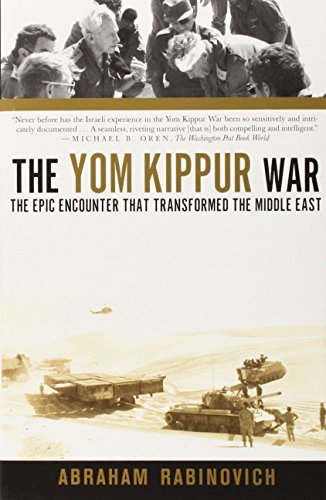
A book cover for The Yom Kippur War: The Epic Encounter That Transformed the Middle East; Abraham Rabinovich; History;